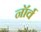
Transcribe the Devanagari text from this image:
नॉर्व